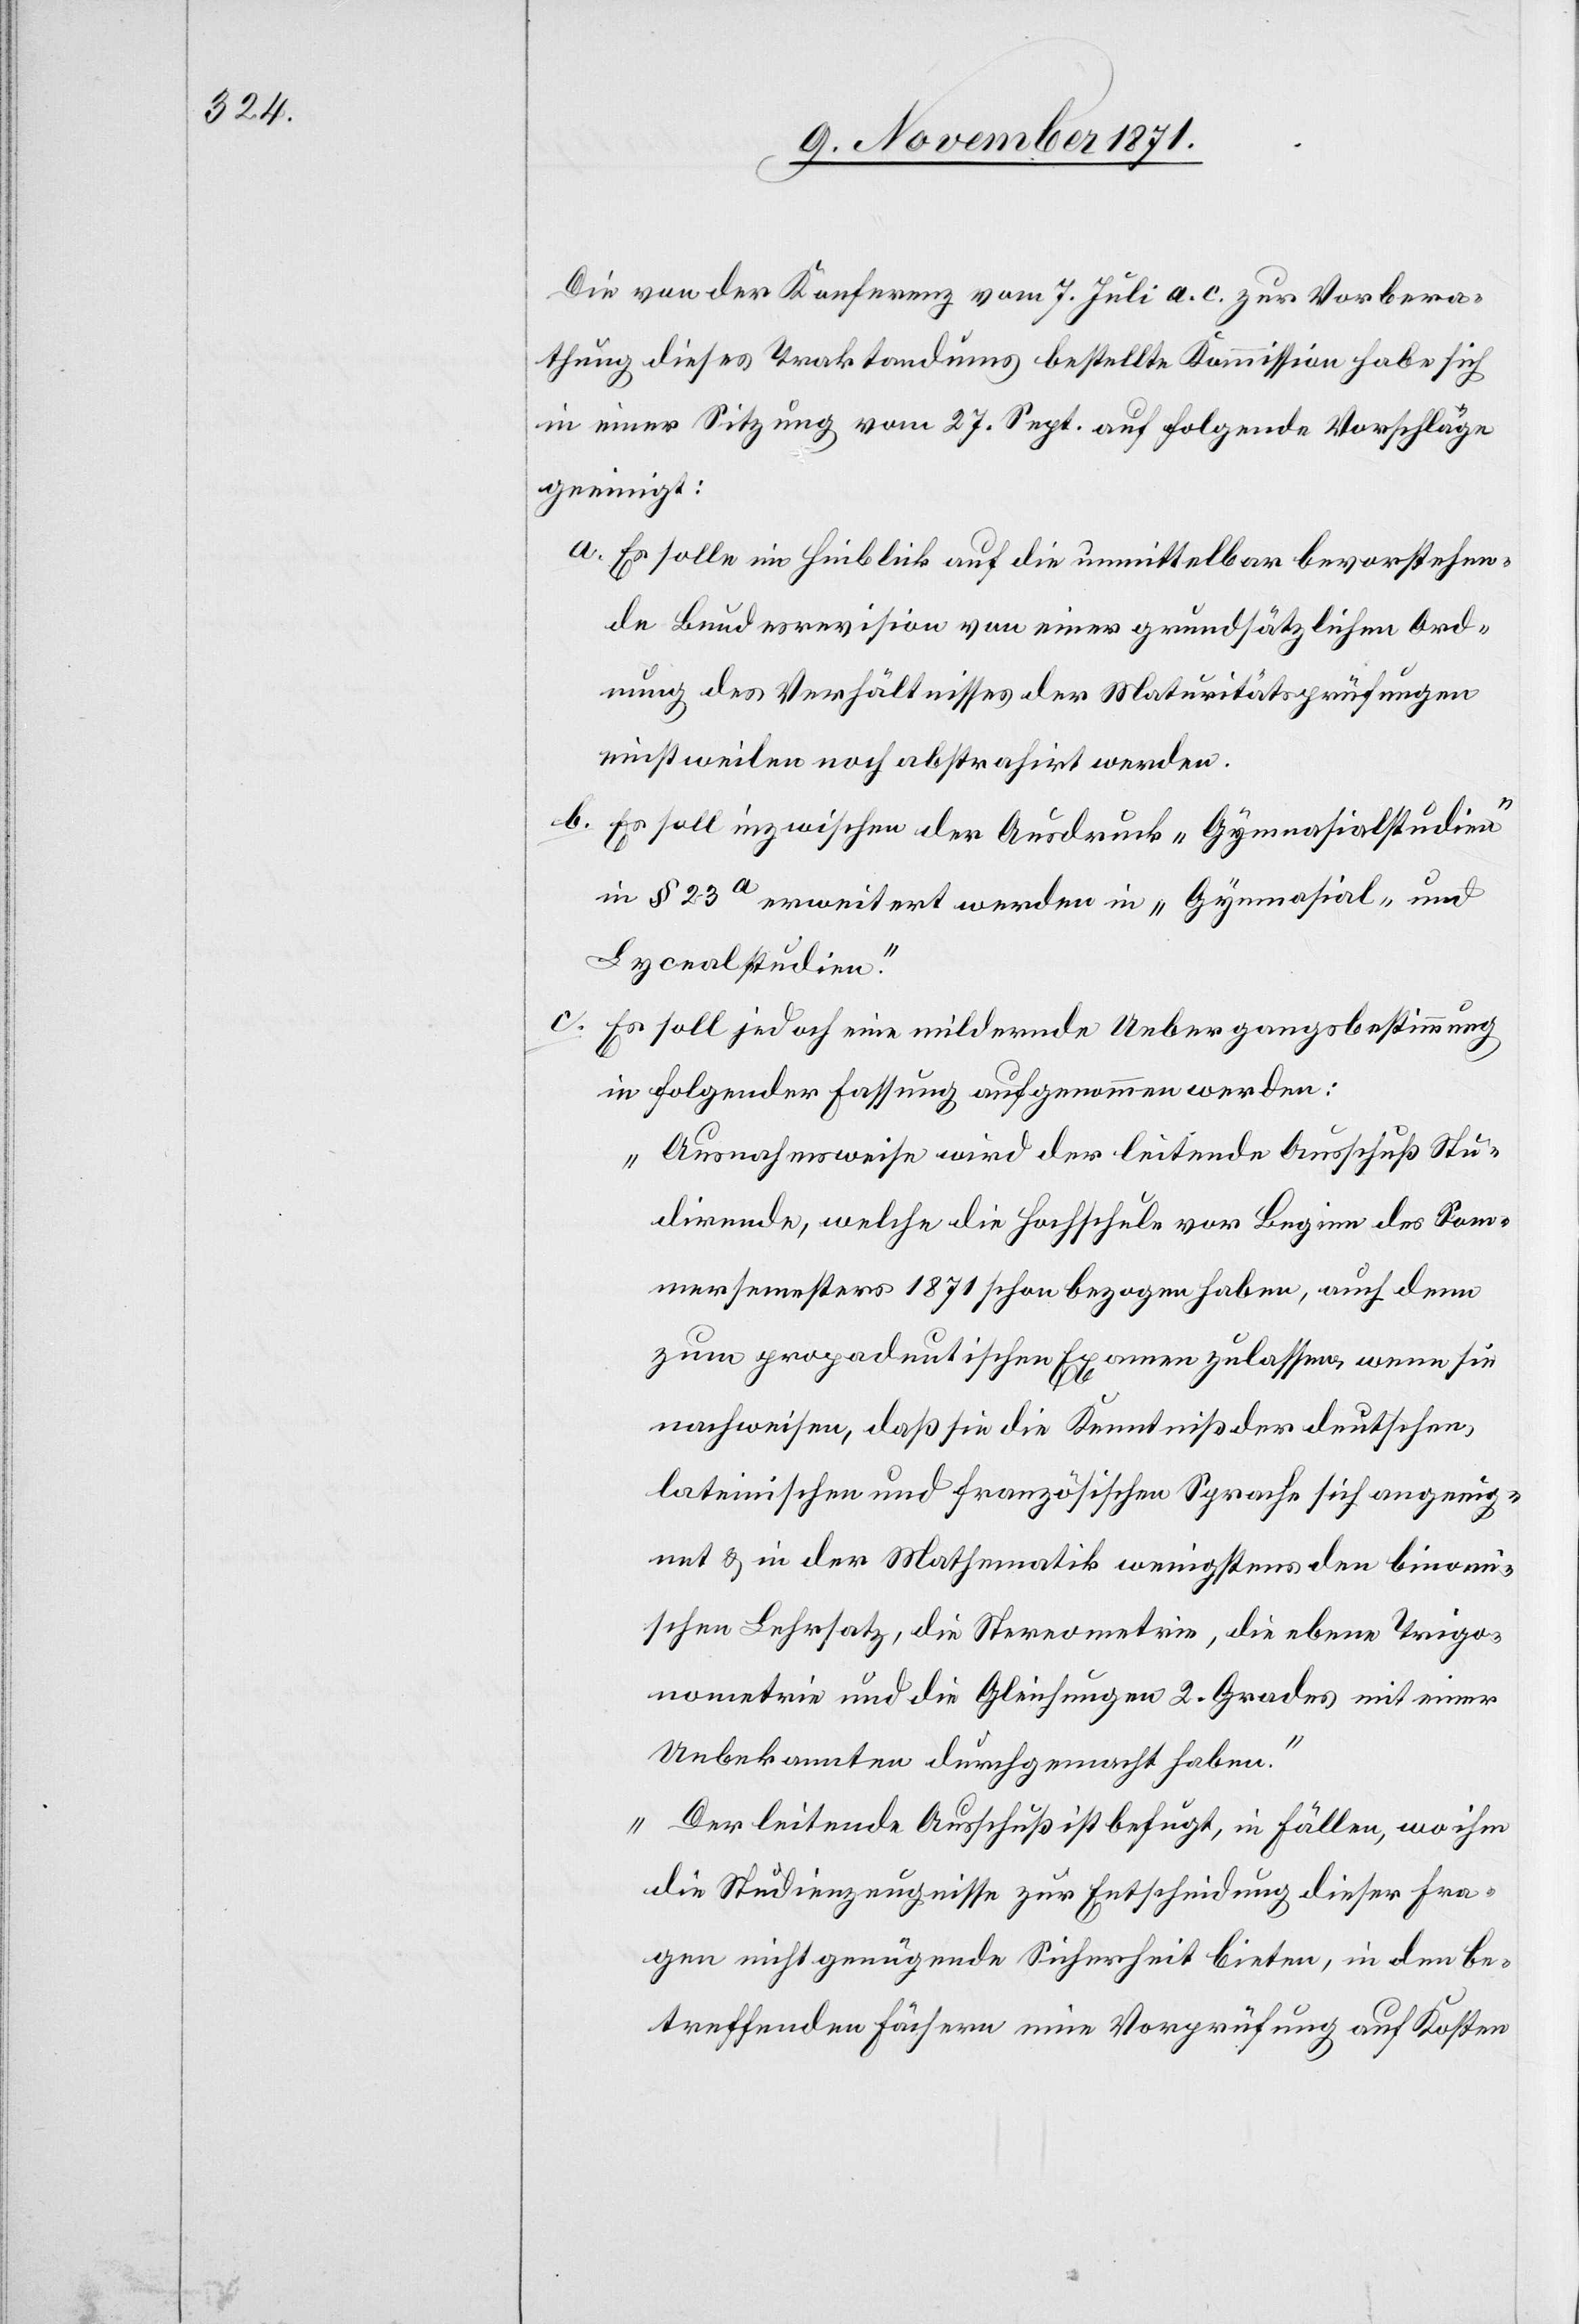
Die von der Konferenz vom 7. Juli a. c. zur Vorbera¬
thung dieses Traktandums bestellte Kommission habe sich
in einer Sitzung vom 27. Sept. auf folgende Vorschläge
geeinigt:
a. Es solle im Hinblick auf die unmittelbar bevorstehen¬
de Bundesrevision von einer grundsätzlichen Ord¬
nung des Verhältnisses der Maturitätsprüfungen
einstweilen noch abstrahirt werden.
b. Es soll inzwischen der Ausdruck „Gymnasialstudium“
in § 23a erweitert werden in „Gymnasial- und
Lycealstudium“.
c. Es soll jedoch eine mildernde Uebergangsbestimmung
in folgender Fassung aufgenommen werden:
„Ausnahmsweise wird der leitende Ausschuß Stu¬
dirende, welche die Hochschule von Beginn des Som¬
mersemesters 1871 schon bezogen haben, auch denn
zum propädeutischen Examen zulassen, wenn sie
nachweisen, daß sie die Kenntniß der deutschen,
lateinischen und französischen Sprache sich angeeig¬
net & in der Mathematik wenigstens den binomi¬
schen Lehrsatz, die Stereometrie, die ebene Trigo¬
nometrie und die Gleichungen 2. Grades mit einer
Unbekannten durchgemacht haben.“
„Der leitende Ausschuß ist befugt, in Fällen, wo ihm
die Studienzeugnisse zur Entscheidung dieser Fra¬
gen nicht genügende Sicherheit bieten, in den Be¬
treffenden Fächern eine Vorprüfung auf Kosten